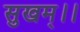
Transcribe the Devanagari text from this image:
सुखम्।।